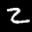
Label: 2